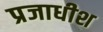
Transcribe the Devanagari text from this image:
प्रजाधीश